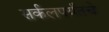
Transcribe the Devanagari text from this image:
सर्कलपर्यंतचे